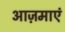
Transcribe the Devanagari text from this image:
आज़माएं